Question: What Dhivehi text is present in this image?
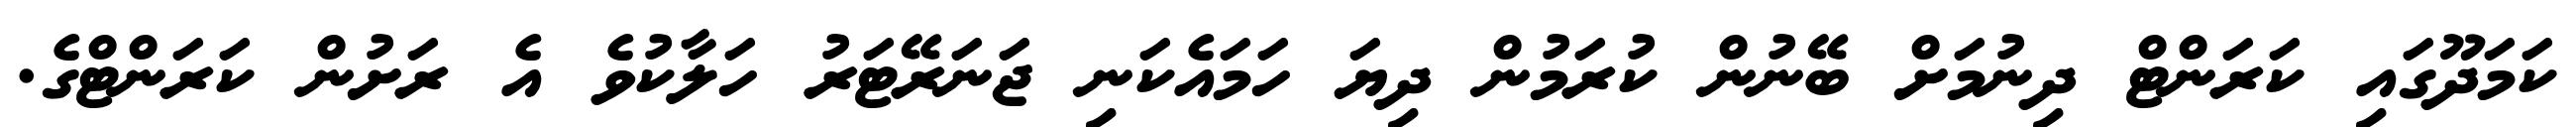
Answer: ކަމަދޫގައި ކަރަންޓް ދިނުމަށް ބޭނުން ކުރަމުން ދިޔަ ހަމައެކަނި ޖަނަރޭޓަރު ހަލާކުވެ އެ ރަށުން ކަރަންޓްގެ.